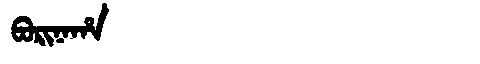
Manchu: ᠪᠣᡵᡳᠨᠠᡥᠠ
Romanization: BORINAHA